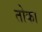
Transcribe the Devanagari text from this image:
तोका